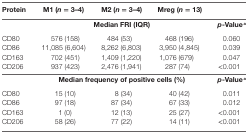
| Protein | M1 (n = 3–4) | M2 (n = 3–4) | Mreg (n = 13) |  |
 | --- | --- | --- | --- | --- |
 |  | <COLSPAN=3> Median FRI (IQR) | p-Valuea |
 | CD80 | 576 (158) | 484 (53) | 468 (196) | 0.060 |
 | CD86 | 11,085 (6,604) | 8,262 (6,803) | 3,950 (4,845) | 0.039 |
 | CD163 | 702 (451) | 1,409 (1,220) | 1,076 (679) | 0.047 |
 | CD206 | 937 (423) | 2,476 (1,941) | 287 (74) | <0.001 |
 |  | <COLSPAN=3> Median frequency of positive cells (%) | p-Valuea |
 | CD80 | 15 (10) | 8 (34) | 40 (42) | 0.011 |
 | CD86 | 97 (18) | 87 (34) | 67 (33) | 0.012 |
 | CD163 | 1 (0) | 12 (13) | 25 (27) | <0.001 |
 | CD206 | 58 (26) | 77 (22) | 14 (11) | <0.001 |